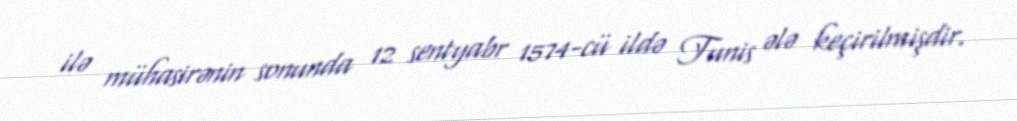
ilə mühasirənin sonunda 12 sentyabr 1574-cü ildə Tunis ələ keçirilmişdir.